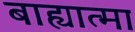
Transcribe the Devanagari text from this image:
बाह्यात्मा